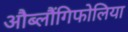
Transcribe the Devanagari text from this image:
औब्लौंगिफोलिया